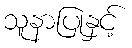
သူနာပြုနှင့်